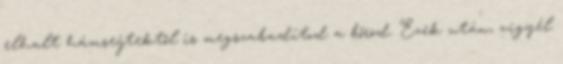
elhalt hámsejtektől is megszabadítod a bőröd. Ezek után, vigyél